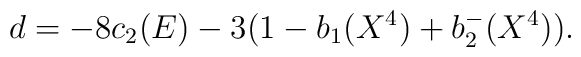
d=-8c_2(E)-3(1-b_1(X^4)+b_2^-(X^4)).